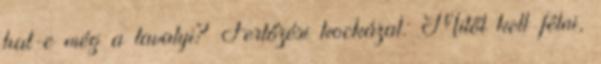
hat-e még a tavalyi? Fertőzési kockázat: Mitől kell félni,